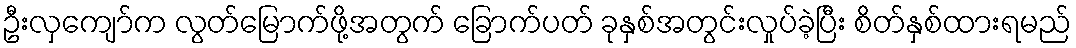
ဦးလှကျော်က လွတ်မြောက်ဖို့အတွက် ခြောက်ပတ် ခုနှစ်အတွင်းလှုပ်ခဲ့ပြီး စိတ်နှစ်ထားရမည်